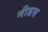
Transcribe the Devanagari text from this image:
नीडस